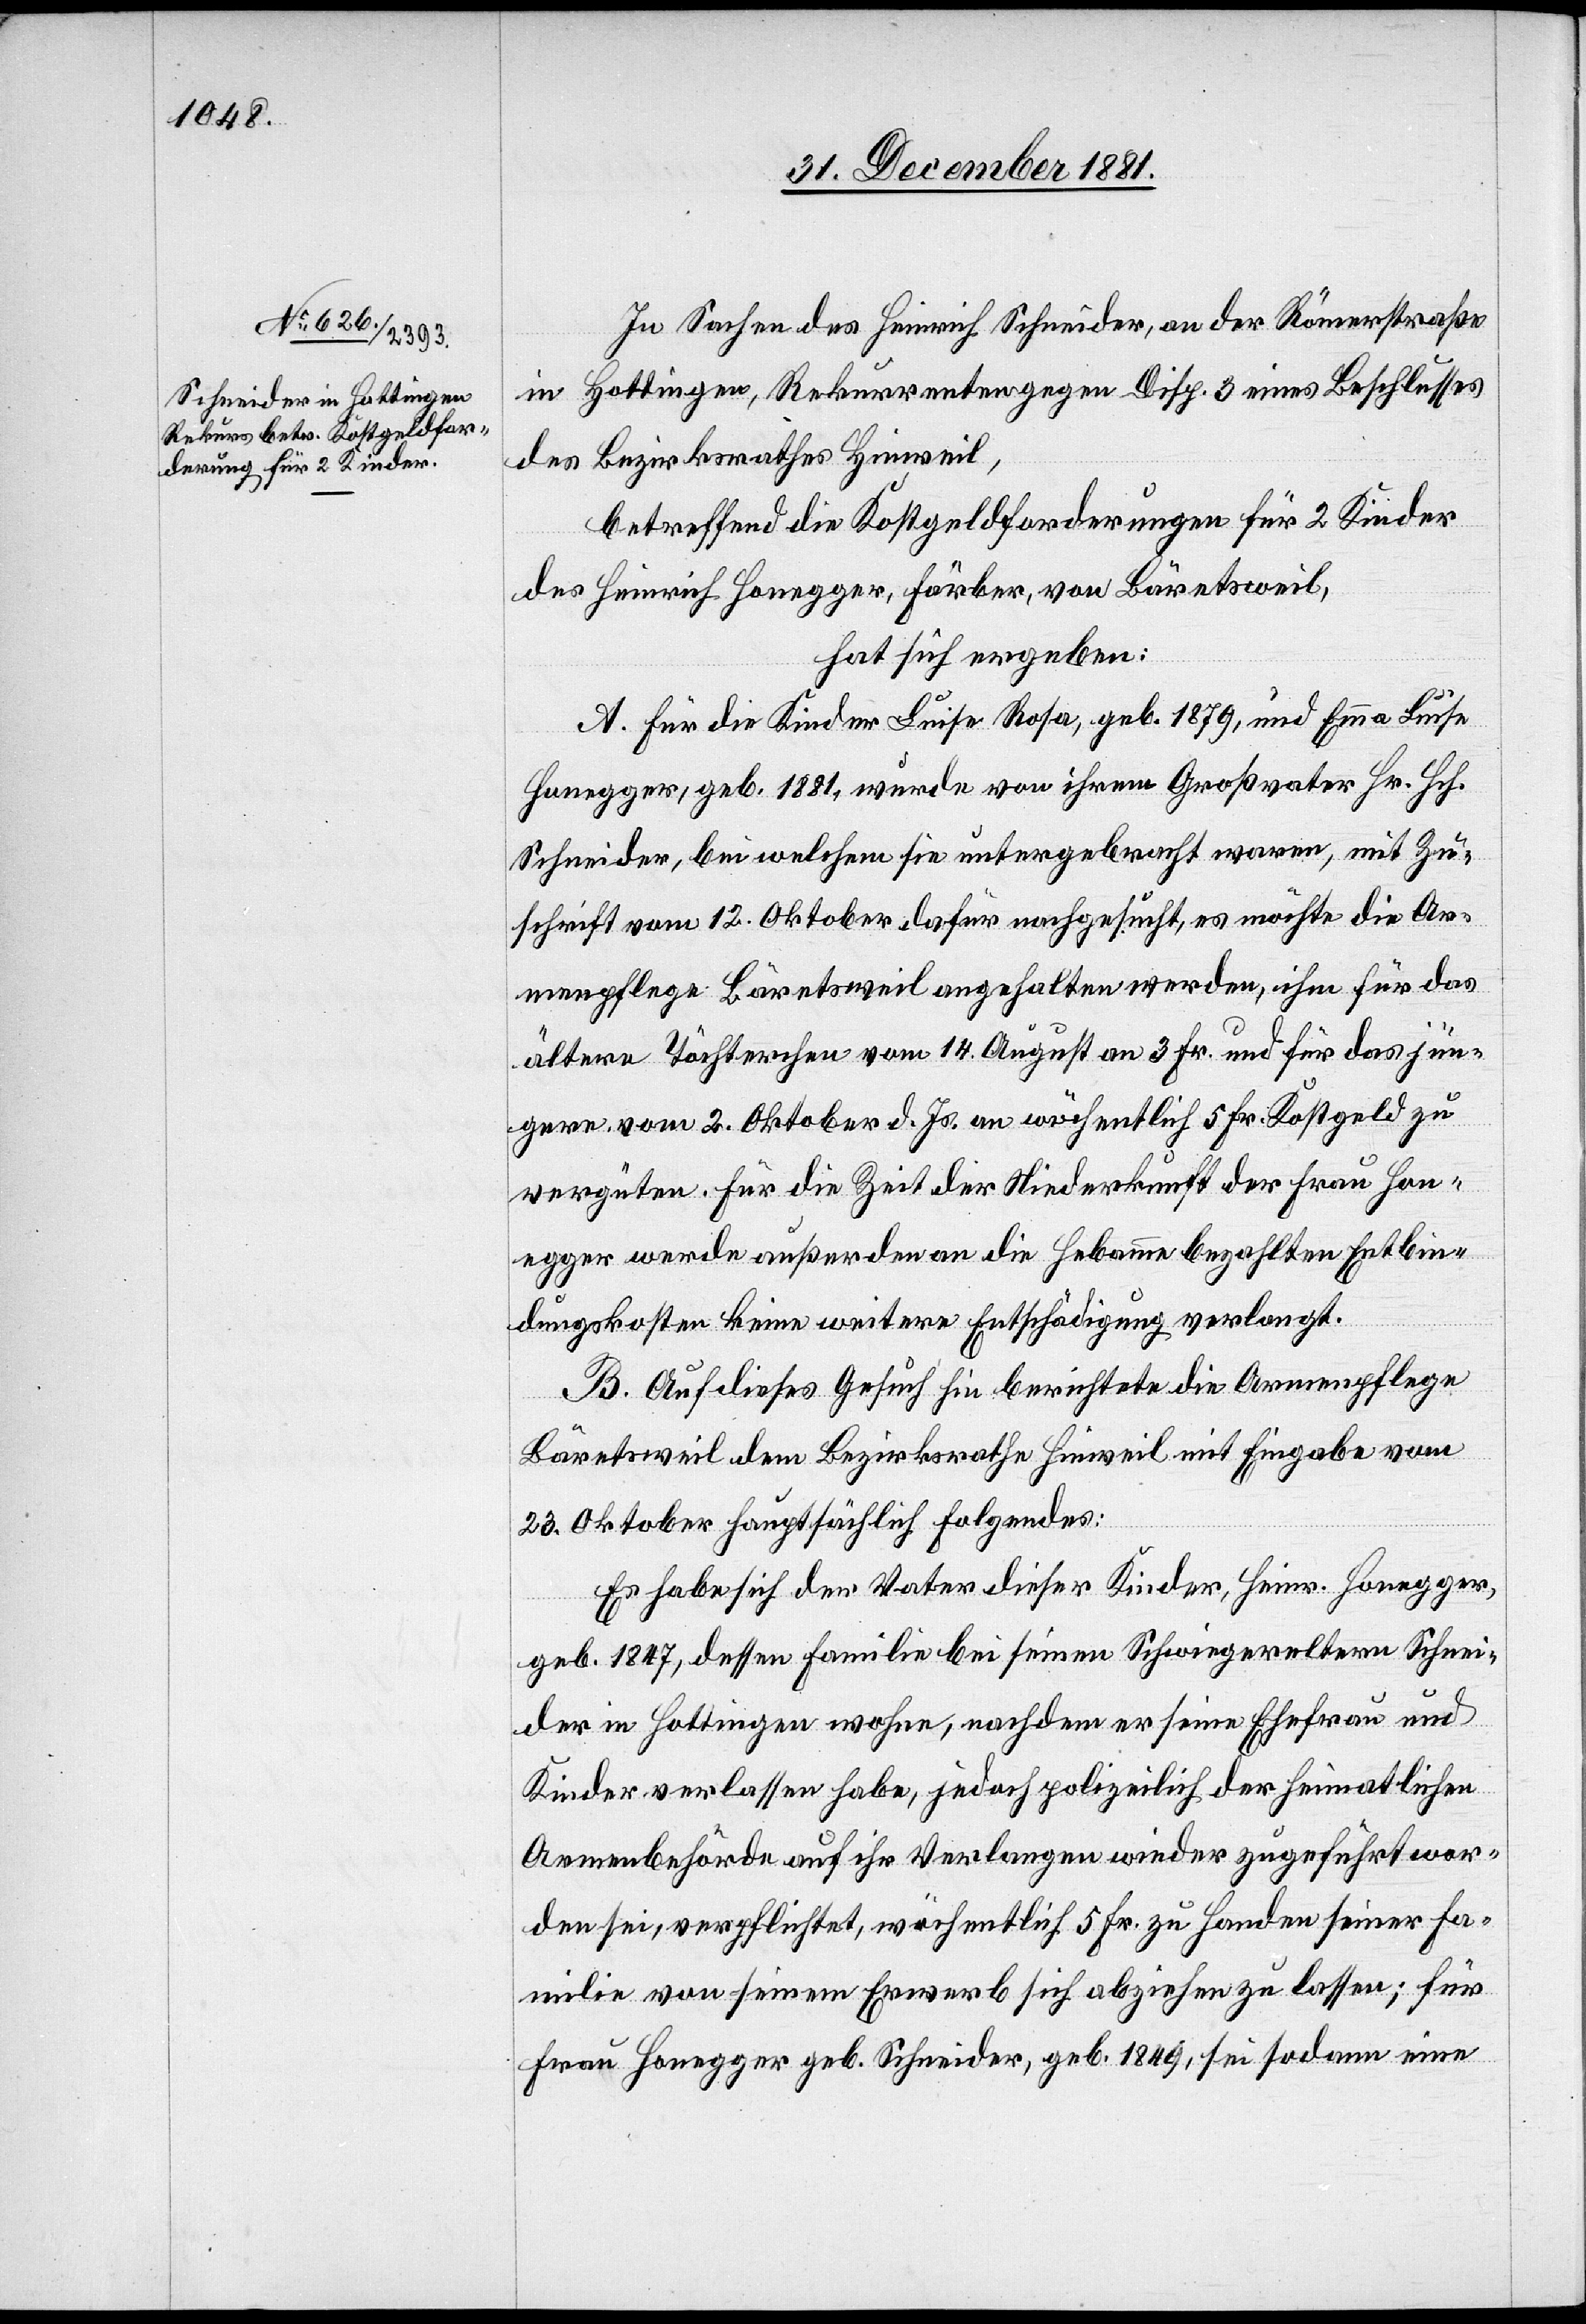
In Sachen des Heinrich Schneider, an der Römerstraße
in Hottingen, Rekurrenten gegen Disp. 3 eines Beschlusses
des Bezirksrathes Hinweil,
betreffend Kostgeldforderung für 2 Kinder
des Heinrich Honegger, Färber, von Bäretsweil,
hat sich ergeben:
A. Für die Kinder Luise Rosa, geb. 1879, und Emma Luise
Honegger, geb. 1881, wurde von ihrem Großvater Hr. Hch.
Schneider, bei welchem sie untergebracht waren, mit Zu¬
schrift vom 12. Oktober dafür nachgesucht, es möchte die Ar¬
menpflege Bäretsweil angehalten werden, ihm für das
ältere Töchterchen vom 14. August an 3 Fr. Kostgeld zu
vergüten. Für die Zeit der Niederkunft der Frau Hon¬
egger werde außer dem an die Hebamme bezahlten Entbin¬
dungskosten keine weitere Entschädigung verlangt.
B. Auf dieses Gesuch hin berichtete die Armenpflege
Bäretsweil dem Bezirksrathe Hinweil mit Eingabe vom
23. Oktober hauptsächlich Folgendes:
Es habe sich der Vater dieser Kinder, Heinr. Honegger,
geb. 1847, dessen Familie bei seinen Schwiegereltern Schnei¬
der in Hottingen wohne, nachdem er seine Ehefrau und
Kinder verlassen habe, jedoch polizeilich der heimatlichen
Armenbehörde auf ihr Verlangen wieder zugeführt wor¬
den sei, verpflichtet, wöchentlich 5 Fr. zu Handen seiner Fa¬
milie von seinem Erwerb sich abziehen zu lassen; für
Frau Honegger geb. Schneider, geb. 1849, sei sodann eine